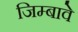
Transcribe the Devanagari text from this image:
जिम्बावे